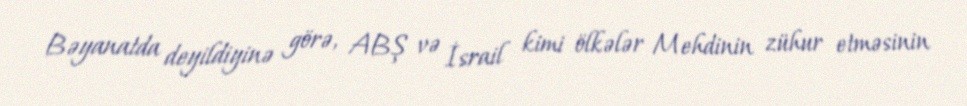
Bəyanatda deyildiyinə görə, ABŞ və İsrail kimi ölkələr Mehdinin zühur etməsinin